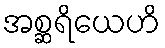
အစ္ဆရိယေဟိ